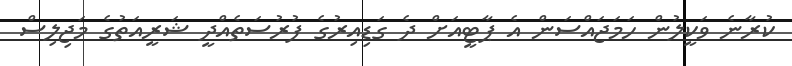
ކުރާނެ ވަކީލުން ހަމަޖައްސަން އެ ޕާޓީއަށް ދެ ގަޑިއިރުގެ ފުރުސަތެއްދީ ޝަރީއަތުގެ މަޖިލިސް